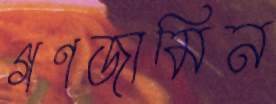
গণজামিন